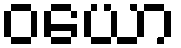
ဝယော